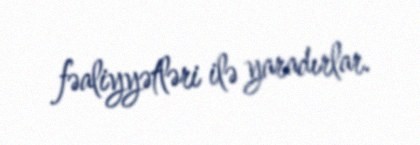
fəaliyyətləri ilə yaradırlar.